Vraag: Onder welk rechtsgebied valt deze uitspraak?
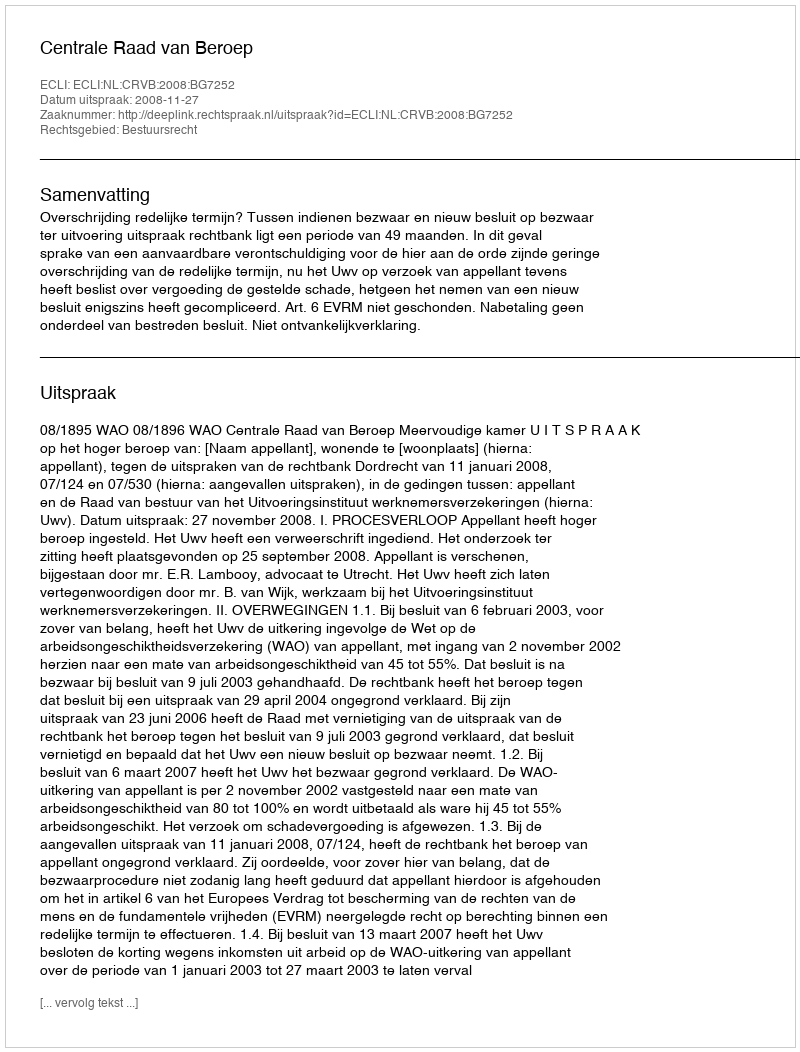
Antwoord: Bestuursrecht